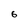
Character: 6